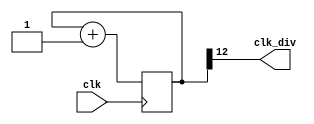
`timescale 1ns / 1ps

`define INITIAL 2'd0
`define DEPOSIT 2'd1
`define BUY 2'd2
`define CHANGE 2'd3

`define B 4'd10
`define E 4'd11
`define R 4'd12
`define J 4'd13
`define U 4'd14
`define S 4'd15

module clock_divider(clk, clk_div);
    parameter n = 13;
    input clk;
    output clk_div;
    
    reg [n-1:0] num;
    wire [n-1:0] next_num;
    
    always @(posedge clk) begin
        num <= next_num;
    end

    assign next_num = num + 1;
    assign clk_div = num[n-1];
    
endmodule

module debounce (pb_debounced, pb, clk);
    output pb_debounced; // output after being debounced
    input pb; // input from a pushbutton
    input clk;
    reg [3:0] shift_reg; // use shift_reg to filter the bounce
    
    always @(posedge clk) begin
        shift_reg[3:1] <= shift_reg[2:0];
        shift_reg[0] <= pb;
    end
    
    assign pb_debounced = ((shift_reg == 4'b1111) ? 1'b1 : 1'b0);
endmodule

module onepulse (pb_debounced, clk, pb_1pulse);
    input pb_debounced;
    input clk;
    output pb_1pulse;
    reg pb_1pulse;
    reg pb_debounced_delay;
    always @(posedge clk) begin
        if (pb_debounced == 1'b1 & pb_debounced_delay == 1'b0)
            pb_1pulse <= 1'b1;
        else
            pb_1pulse <= 1'b0;
        pb_debounced_delay <= pb_debounced;
    end
endmodule

module lab05(clk, rst, money_5, money_10, cancel, drink_A, drink_B, drop_money, enough_A, enough_B, DIGIT, DISPLAY);
    input clk;
    input rst;
    input money_5;
    input money_10;
    input cancel;
    input drink_A;
    input drink_B;
    output reg[9:0] drop_money;
    output reg enough_A;
    output reg enough_B;
    output reg [3:0] DIGIT;
    output reg [6:0] DISPLAY;
    
    wire clk_div_13, clk_div_16, clk_div_26;
    wire five_bounce, five_pulse;
    wire ten_bounce, ten_pulse;
    wire drinkA_bounce, drinkA_pulse;
    wire drinkB_bounce, drinkB_pulse;
    wire cancel_bounce, cancel_pulse;
    
    reg state_clk, one_pulse;
    reg [3:0] AN0, AN1, AN2, AN3, next_AN0, next_AN1, next_AN2, next_AN3, temp_AN0, temp_AN1;
    reg [3:0] value;
    reg [1:0] state, next_state, buy_A, next_buy_A, buy_B, next_buy_B;
    reg [9:0] next_drop_money;
    reg [29:0] ms_count;
    
    clock_divider #(13) cdiv1(.clk(clk), .clk_div(clk_div_13));
    clock_divider #(16) cdiv2(.clk(clk), .clk_div(clk_div_16));
    clock_divider #(26) cdiv3(.clk(clk), .clk_div(clk_div_26));
    
    debounce debounce1(.pb_debounced(five_bounce), .pb(money_5), .clk(clk_div_16));
    debounce debounce2(.pb_debounced(ten_bounce), .pb(money_10), .clk(clk_div_16));
    debounce debounce3(.pb_debounced(drinkA_bounce), .pb(drink_A), .clk(clk_div_16));
    debounce debounce4(.pb_debounced(drinkB_bounce), .pb(drink_B), .clk(clk_div_16));
    debounce debounce5(.pb_debounced(cancel_bounce), .pb(cancel), .clk(clk_div_16));
    
    onepulse onepulse1(.pb_debounced(five_bounce), .clk(clk_div_16), .pb_1pulse(five_pulse));
    onepulse onepulse2(.pb_debounced(ten_bounce), .clk(clk_div_16), .pb_1pulse(ten_pulse));
    onepulse onepulse3(.pb_debounced(drinkA_bounce), .clk(clk_div_16), .pb_1pulse(drinkA_pulse));
    onepulse onepulse4(.pb_debounced(drinkB_bounce), .clk(clk_div_16), .pb_1pulse(drinkB_pulse));
    onepulse onepulse5(.pb_debounced(cancel_bounce), .clk(clk_div_16), .pb_1pulse(cancel_pulse));
     
    always@(posedge clk) begin
        one_pulse <= 0;
        if(ms_count == 18000) begin
            ms_count <= 0;
            one_pulse <= 1;
        end
        else if(five_pulse || ten_pulse || drinkA_pulse || drinkB_pulse || cancel_pulse || state != `DEPOSIT) begin
            ms_count <= 0;
        end
        else begin
            ms_count <= ms_count + 1;
        end
    end
    
    always@(posedge clk) begin
        if(state == `INITIAL) begin
            state_clk = clk_div_16;
        end
        else begin
            if(state == `DEPOSIT) begin
                state_clk = clk_div_16;
            end 
            else begin
                if(state == `BUY) begin
                    state_clk = clk_div_26;
                end
                else begin
                    if(state == `CHANGE) begin
                        state_clk = clk_div_26;
                    end
                end
            end
        end
    end
    
    always@(posedge clk or posedge rst) begin
        if(rst) begin
            AN0 <= 4'd0;
            AN1 <= 4'd0;
            AN2 <= 4'd0;
            AN3 <= 4'd0;
            buy_A <= 4'd0;
            buy_B <= 4'd0;
            state <= `INITIAL;
        end
        else begin
            AN0 <= next_AN0;
            AN1 <= next_AN1;
            AN2 <= next_AN2;
            AN3 <= next_AN3;
            buy_A <= next_buy_A;
            buy_B <= next_buy_B;
            state <= next_state;
        end
    end
    
    always@(posedge clk_div_26) begin
        if(rst) begin
            drop_money <= {10{1'b0}};
        end
        else begin
            drop_money <= next_drop_money;
        end
    end
    
    always@(posedge clk_div_13) begin
        case(DIGIT)
            4'b1110: begin
                value = {AN2[3], AN2[2], AN2[1], AN2[0]};
                DIGIT = 4'b1101;
            end
            4'b1101: begin
                value = {AN3[3], AN3[2], AN3[1], AN3[0]};
                DIGIT = 4'b1011;
            end
            4'b1011: begin
                value = {AN0[3], AN0[2], AN0[1], AN0[0]};
                DIGIT = 4'b0111;
            end
            4'b0111: begin
                value = {AN1[3], AN1[2], AN1[1], AN1[0]};
                DIGIT = 4'b1110;
            end
            default: begin
                value = {AN0[3], AN0[2], AN0[1], AN0[0]};
                DIGIT = 4'b1110;
            end
        endcase
    end
    
    always@(posedge clk_div_13) begin
        case(value)
            4'd0: DISPLAY = 7'b1000000;
            4'd1: DISPLAY = 7'b1111001;
            4'd2: DISPLAY = 7'b0100100;
            4'd3: DISPLAY = 7'b0110000;
            4'd4: DISPLAY = 7'b0011001;
            4'd5: DISPLAY = 7'b0010010;
            4'd6: DISPLAY = 7'b0000010;
            4'd7: DISPLAY = 7'b1111000;
            4'd8: DISPLAY = 7'b0000000;
            4'd9: DISPLAY = 7'b0010000;
            `B: DISPLAY = 7'b0000011;
            `E: DISPLAY = 7'b0000110;
            `R: DISPLAY = 7'b0101111;
            `J: DISPLAY = 7'b1110010;
            `U: DISPLAY = 7'b1100011;
            `S: DISPLAY = 7'b1010010;
            default: DISPLAY = 7'b1111111;
       endcase
    end
    
    always@(posedge state_clk) begin
        case(state)
            `INITIAL: begin
                next_AN0 = 4'd0;
                next_AN1 = 4'd0;
                next_AN2 = 4'd0;
                next_AN3 = 4'd0;
                next_state = `DEPOSIT;
                enough_A = 1'd0;
                enough_B = 1'd0;
                next_buy_A = 2'd0;
                next_buy_B = 2'd0;
                next_drop_money = {10{1'b0}};
            end
            `DEPOSIT: begin
                if(ten_pulse) begin
                    if(AN1 == 4'd9 && AN0 == 4'd5) begin
                        next_AN0 = AN0;
                        next_AN1 = AN1;
                        next_AN2 = AN2;
                        next_AN3 = AN3;
                    end
                    else if(AN1 == 4'd9 && AN0 == 4'd0) begin
                        next_AN0 = 4'd5;
                        next_AN1 = AN1;
                        next_AN2 = AN2;
                        next_AN3 = AN3;
                    end
                    else begin
                        next_AN0 = AN0;
                        next_AN1 = AN1 + 4'd1;
                        next_AN2 = AN2;
                        next_AN3 = AN3;
                    end
                end
                else if(five_pulse) begin
                    if(AN1 == 4'd9 && AN0 == 4'd5) begin
                        next_AN0 = AN0;
                        next_AN1 = AN1;
                        next_AN2 = AN2;
                        next_AN3 = AN3;
                    end
                    else if(AN0 == 4'd5) begin
                        next_AN0 = 4'd0;
                        next_AN1 = AN1 + 4'd1;
                        next_AN2 = AN2;
                        next_AN3 = AN3;
                    end
                    else begin
                        next_AN0 = AN0 + 4'd5;
                        next_AN1 = AN1;
                        next_AN2 = AN2;
                        next_AN3 = AN3;
                    end
                end
                else begin
                    next_AN0 = AN0;
                    next_AN1 = AN1;
                    next_AN2 = AN2;
                    next_AN3 = AN3;
                end

                if(AN1 >= 4'd3 || (AN1 >= 4'd2 && AN0 >= 4'd5)) begin
                    enough_A = 1'd1;
                    enough_B = 1'd1;
                end
                else if(AN1 >= 4'd2 && AN0 >= 4'd0)begin
                    enough_A = 1'd1;
                    enough_B = 1'd0;
                end
                else begin
                    enough_A = 1'd0;
                    enough_B = 1'd0;
                end
                
                if(cancel_pulse || one_pulse) begin
                    next_state = `CHANGE;
                    enough_A = 1'd0;
                    enough_B = 1'd0;
                    temp_AN0 = AN0;
                    temp_AN1 = AN1;
                end
                else if(buy_A == 2'd2 || buy_B == 2'd2) begin
                    next_state = `BUY;
                    enough_A = 1'd0;
                    enough_B = 1'd0;
                end
                else begin
                    next_state = state;
                    enough_A = enough_A;
                    enough_B = enough_B;
                end
                
                if(drinkA_pulse) begin
                    next_AN2 = 4'd0;
                    next_AN3 = 4'd2;
                    if(enough_A) begin
                        next_buy_A = buy_A + 2'd1;
                        next_buy_B = 2'd0;
                    end
                    else begin
                        next_buy_A = 2'd1;
                        next_buy_B = 2'd0;
                    end
                end
                else begin
                    if(drinkB_pulse) begin
                        next_AN2 = 4'd5;
                        next_AN3 = 4'd2;
                        if(enough_B) begin
                            next_buy_A = 2'd0;
                            next_buy_B = buy_B + 2'd1;
                        end
                        else begin
                            next_buy_A = 2'd0;
                            next_buy_B = 2'd1;
                        end
                    end
                    else begin
                        next_AN2 = AN2;
                        next_AN3 = AN3;
                        next_buy_A = buy_A;
                        next_buy_B = buy_B;
                    end
                end
                
                next_drop_money = {10{1'b0}};
            end
            `BUY: begin
                if(buy_A == 2'd2) begin
                    next_AN0 = `R;
                    next_AN1 = `E;
                    next_AN2 = `E;
                    next_AN3 = `B;
                    temp_AN0 = AN0;
                    temp_AN1 = AN1 - 4'd2;
                end
                else if(buy_B == 2'd2) begin
                    next_AN0 = 4'd8;
                    next_AN1 = `S;
                    next_AN2 = `U;
                    next_AN3 = `J;
                    if(AN0 == 4'd0) begin
                        temp_AN0 = 4'd5;
                        temp_AN1 = AN1 - 4'd3;
                    end
                    else begin
                        temp_AN0 = 4'd0;
                        temp_AN1 = AN1 - 4'd2;
                    end
                end
                next_state = `CHANGE;
            end
            `CHANGE: begin
                next_AN0 = temp_AN0;
                next_AN1 = temp_AN1;
                next_AN2 = 4'd0;
                next_AN3 = 4'd0;
                if(temp_AN1 > 0) begin
                    temp_AN0 = temp_AN0;
                    temp_AN1 = temp_AN1 - 4'd1;
                    next_drop_money = {10{1'd1}};
                    next_state = state;
                end
                else if(temp_AN0 > 0) begin
                    temp_AN0 = temp_AN0 - 4'd5;
                    temp_AN1 = 4'd0;
                    next_drop_money = 10'b1111100000;
                    next_state = state;
                end
                else begin
                    temp_AN0 = temp_AN0;
                    temp_AN1 = temp_AN1;
                    next_drop_money = {10{1'd0}};
                    next_state = `INITIAL;
                end
            end
       endcase
    end
    
endmodule